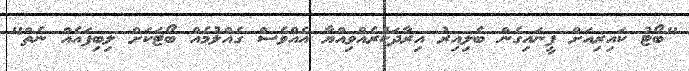
"ބޯޓު ކައިރިއަށް ފީނައިގެން ބެލިއިރު އިރާދަކުރެއްވިއްޔާ އެއްވެސް ގެއްލުމެއް ބޯޓަކަށް ލިބިފައެއް ނެތް"